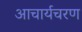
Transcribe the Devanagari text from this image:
आचार्यचरण